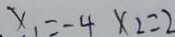
x _ { 1 } = - 4 \times 2 = 2